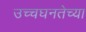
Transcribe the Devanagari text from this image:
उच्चघनतेच्या